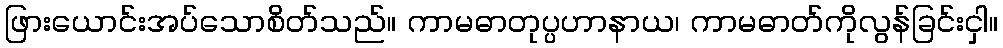
ဖြားယောင်းအပ်သောစိတ်သည်။ ကာမဓာတုပ္ပဟာနာယ၊ ကာမဓာတ်ကိုလွန်ခြင်းငှါ။